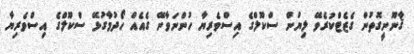
ޤާނޫނީގޮތުން ގެޒެޓްކުރެވޭ ލިޔުން ސްކޫލްގެ އިސްވެރިޔާ ހުންނަވާނޭ ގެއެއް ހޯދުމާގުޅޭ ސްކޫލްގެ އިސްވެރިޔާ